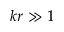
k r \gg 1